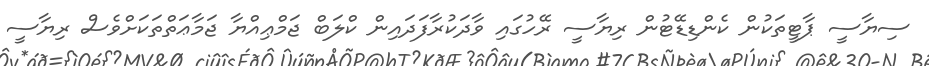
ސިޔާސީ ޕާޓީތަކުން ކެންޑިޑޭޓުން ރިޔާސީ ރޭހުގައި ވާދަކުރާފަދައިން ކްލަބް ޖަމްޢިއްޔާ ޖަމާޢަތްތަކަށްވެސް ރިޔާސީ